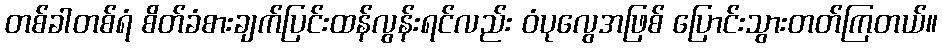
တစ်ခါတစ်ရံ စိတ်ခံစားချက်ပြင်းထန်လွန်းရင်လည်း ဝံပုလွေအဖြစ် ပြောင်းသွားတတ်ကြတယ်။